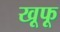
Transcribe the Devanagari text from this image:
खूफू